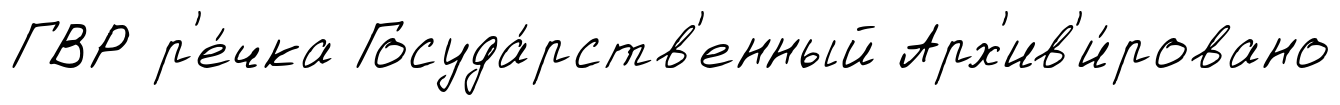
ГВР р'е́чка Госуда́рств'енный Арх'ив'и́ровано